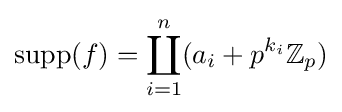
\operatorname {supp} (f)=\coprod _{i=1}^{n}(a_{i}+p^{k_{i}}\mathbb {Z} _{p})